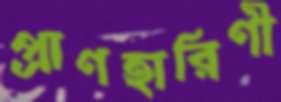
প্রাণহারিণী